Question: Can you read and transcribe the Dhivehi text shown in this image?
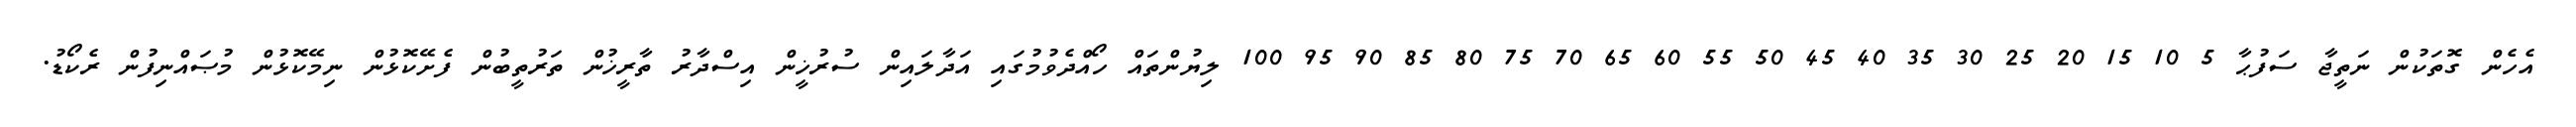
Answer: އެހެން ގޮތަކުން ނަތީޖާ ސަފުޙާ 5 10 15 20 25 30 35 40 45 50 55 60 65 70 75 80 85 90 95 100 ލިޔުންތައް ހޯއްދެވުމުގައި އަދާލައިން ސުރުޚީން އިސްދާރު ތާރީޚުން ތަރުތީބުން ފެށޭކޮޅުން ނިމޭކޮޅުން މުޞައްނިފުން ރެކޯޑު.